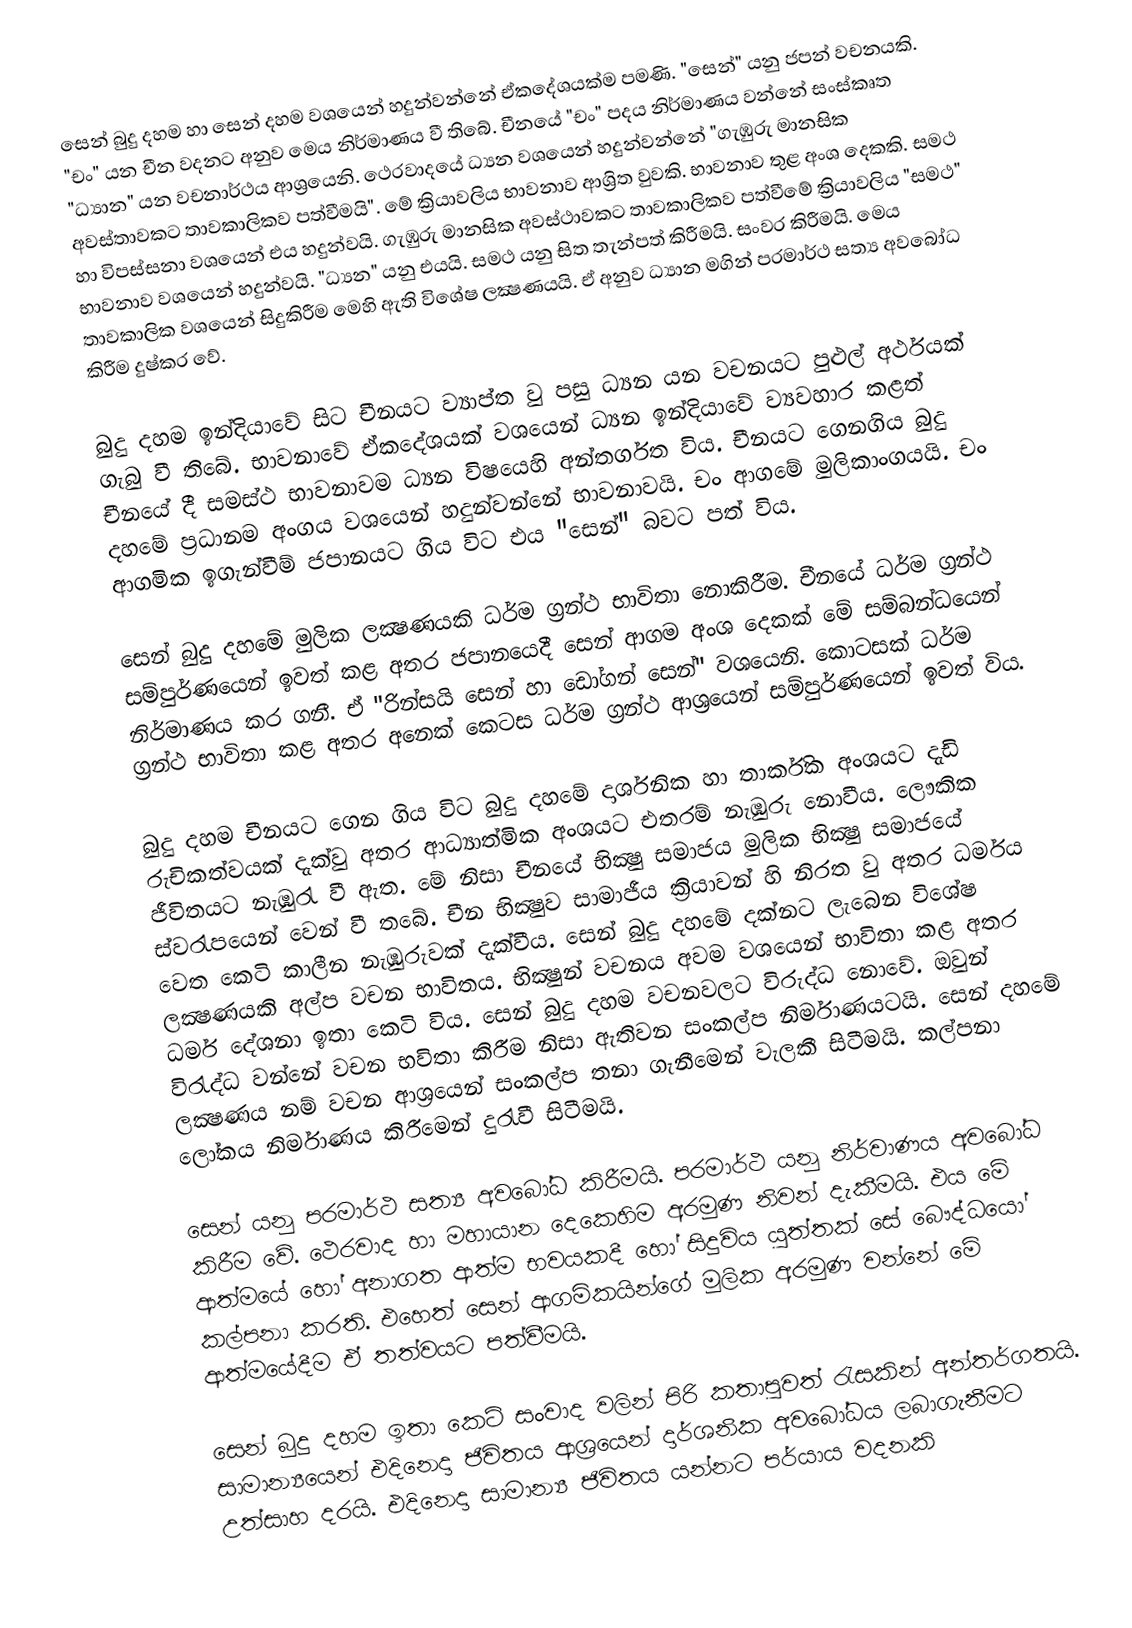
සෙන් බුදු දහම හා සෙන් දහම වශයෙන් හදුන්වන්නේ ඒකදේශයක්ම පමණි. "සෙන්" යනු ජපන් වචනයකි. "චං" යන චීන වදනට අනුව මෙය නිර්මාණය වී තිබේ. චීනයේ "චං" පදය නිර්මාණය වන්නේ සංස්කෘත "ධ්‍යාන" යන වචනාර්ථය ආශ්‍රයෙනි. ථෙ‍රවාදයේ ධ්‍යන වශයෙන් හදුන්වන්නේ "ගැඹුරු මානසික අවස්තාවකට තාවකාලිකව පත්වීමයි". මේ ක්‍රියාවලිය භාවනාව ආශ්‍රිත වුවකි. භාවනාව තුළ අංශ දෙකකි. ‍සමථ හා විපස්සනා වශයෙන් එය හදුන්වයි. ගැඹුරු මානසික අවස්ථාවකට තාවකාලිකව පත්වී‍මේ ක්‍රියාවලිය "සමථ" භාවනාව වශයෙන් හදුන්වයි. "ධ්‍යන" යනු එයයි. සමථ යනු සිත තැන්පත් කිරීමයි. සංවර කිරීමයි. මෙය තාවකාලික වශයෙන් සිදුකිරීම මෙහි ඇති විශේෂ ලක්‍ෂණයයි. ඒ අනුව ධ්‍යාන මගින් පරමාර්ථ සත්‍ය අවබෝධ කිරීම දුෂ්කර වේ.

බුදු දහම ඉන්දියාවේ සිට චීනයට ව්‍යාප්ත වු පසු ධ්‍යන යන වචනයට පුළුල් අර්ථයක් ගැබු වී තිබේ. භාවනාවේ ඒකදේශයක් වශයෙන් ධ්‍යන ඉන්දියාවේ ව්‍යවහාර කළත් චීනයේ දී සමස්ථ භාවනාවම ධ්‍යන විෂයෙහි අන්තර්ගත විය. චීනයට ගෙනගිය බුදු දහමේ ප්‍රධානම අංගය වශයෙන් හදුන්වන්නේ භාවනාවයි. චං ආගමේ මුලිකාංගයයි. චං ආගමික ඉගැන්වීම් ජපානයට ගිය විට එය "සෙන්" බවට පත් විය.

සෙන් බුදු දහමේ මුලික ලක්‍ෂණයකි ධර්ම ග්‍රන්ථ භාවිතා නොකිරීම. චීනයේ ධර්ම ග්‍රන්ථ සම්පුර්ණයෙන් ඉවත් කළ අතර ජපානයෙදී සෙන් ආගම අංශ දෙකක් මේ සම්බන්ධයෙන් නිර්මාණය කර ගනී. ඒ "රින්සයි සෙන් හා ඩෝගන් සෙන්" වශයෙනි. කො‍ටසක් ධර්ම ග්‍රන්ථ භාවිතා කළ අතර අනෙක් කෙටස ධර්ම ග්‍රන්ථ ආශ්‍රයෙන් සම්පුර්ණයෙන් ඉවත්  විය.

බුදු දහම චීනයට ගෙන ගිය විට බුදු දහමේ දාර්ශනික හා තාර්කික අංශයට දැඩි රුචිකත්වයක් දැක්වු අතර ආධ්‍යාත්මික අංශයට එතරම් නැඹුරු නොවීය. ලෞකික ජීවිතය‍ට නැඹුරැ වී ඇත. මේ නිසා චීනයේ භික්‍ෂු සමාජය මුලික භික්‍ෂු සමාජයේ ස්වරැ‍පයෙන් වෙන් වී තබේ. චීන භික්‍ෂුව සාමාජීය ක්‍රියාවන් හි නිරත වු අතර ධර්මය වෙත කෙටි කාලීන නැඹුරුවක් දැක්වීය. සෙන් බුදු දහමේ දක්නට ලැබෙන විශේෂ ලක්‍ෂණයකි අල්ප වචන භාවිතය. භික්‍ෂුන් වචනය අවම වශයෙන් භාවිතා කළ අතර ධර්ම දේශනා ඉතා කෙටි විය. සෙන් බුදු දහම වචනවලට විරුද්ධ නොවේ. ඔවුන් විරැද්ධ වන්නේ වචන භවිතා කිරීම නිසා ඇතිවන සංකල්ප නිර්මාණයටයි. සෙන් දහමේ ලක්‍ෂණය නම් වචන ආශ්‍රයෙන් සංකල්ප තනා ගැනීමෙන් වැලකී සිටීමයි. කල්පනා ලෝකය නිර්මාණය කිරීමෙන් දුරැ‍වී සිටීමයි.

සෙන් යනු පරමාර්ථ සත්‍ය අව‍බෝධ කිරීමයි. පරමාර්ථ යනු නිර්වාණය අවබෝධ කිරීම වේ. ථෙරවාද හා මහායාන දෙකෙහිම අරමුණ නිවන් දැකීමයි. එය මේ ආත්මයේ හෝ අනාගත ආත්ම භවයකදී හෝ සිදුවිය යුත්තක් සේ බෞද්ධයෝ කල්පනා කරති. එහෙත් සෙන් ආගමිකයින්ගේ මුලික අරමුණ වන්නේ මේ ආත්මයේදීම ඒ තත්වයට පත්වීමයි.

සෙන් බුදු දහම ඉතා කෙටි සංවාද වලින් පිරි කතාපුවත් රැසකින් අන්තර්ගතයි. සාමාන්‍යයෙන් එදිනෙදා ජිවිතය ආශ්‍ර‍යෙන් දාර්ශනික අවබෝධය ලබාගැනීමට උත්සාහ දරයි. එදිනෙදා සාමාන්‍ය ජිවිතය යන්නට පර්යාය වදනකි